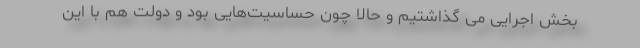
بخش اجرایی می گذاشتیم و حالا چون حساسیت‌هایی بود و دولت هم با این